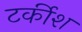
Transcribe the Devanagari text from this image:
टर्कीश